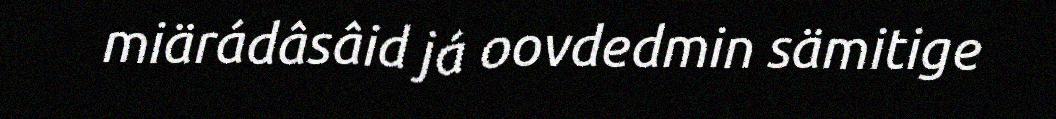
miärádâsâid já oovdedmin sämitige